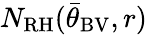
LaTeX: N_{\mathrm{RH}}({\bar{\theta}}_{\mathrm{BV}},r)